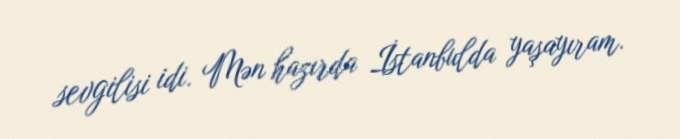
sevgilisi idi. Mən hazırda İstanbulda yaşayıram.